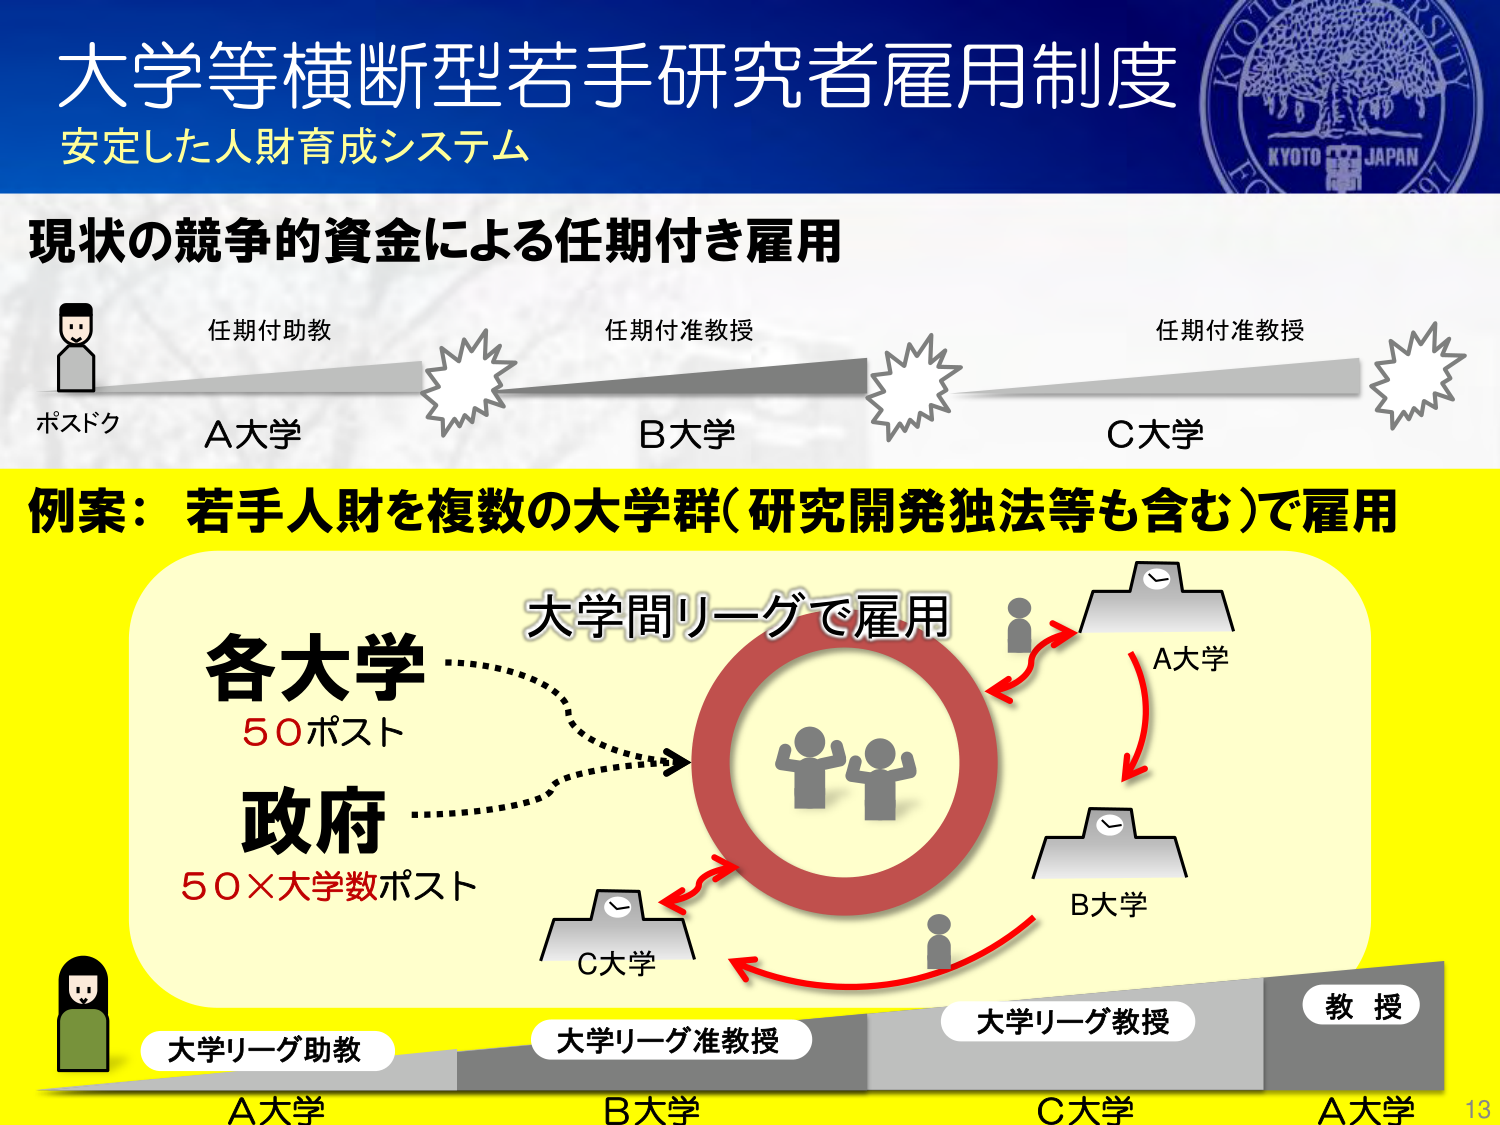
大学等横断型若手研究者雇用制度
安定した人財育成システム

現状の競争的資金による任期付き雇用
ポスドク
任期付助教
A大学
任期付准教授
B大学
任期付准教授
C大学

例案：若手人財を複数の大学群（研究開発独法等も含む）で雇用

各大学
50ポスト
政府
50×大学数ポスト
大学間リーグで雇用
A大学
B大学
C大学
大学リーグ助教
大学リーグ准教授
大学リーグ教授
教授
A大学
B大学
C大学
A大学

KYOTO UNIVERSITY
JAPAN
1924
13